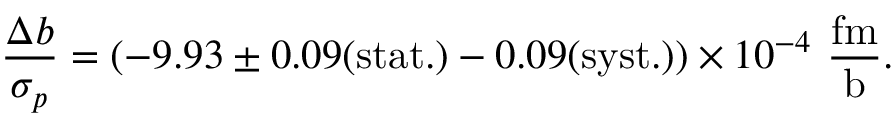
\frac { \Delta b } { \sigma _ { p } } = ( - 9 . 9 3 \pm 0 . 0 9 ( \mathrm { s t a t . } ) - 0 . 0 9 ( \mathrm { s y s t . } ) ) \times 1 0 ^ { - 4 } ~ \mathrm { \frac { f m } { b } } .